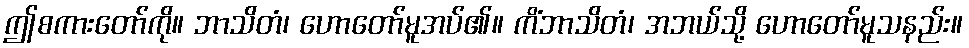
ဤစကားတော်ကို။ ဘာသိတံ၊ ဟောတော်မူအပ်၏။ ကိံဘာသိတံ၊ အဘယ်သို့ ဟောတော်မူသနည်း။